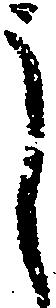
し